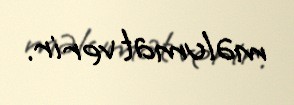
məlumat verir.